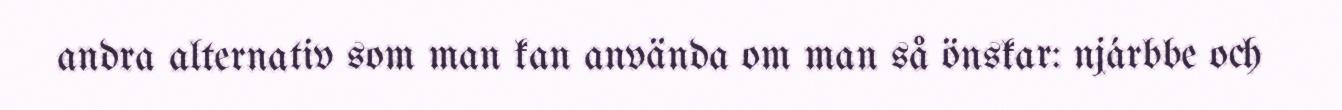
andra alternativ som man kan använda om man så önskar: njárbbe och